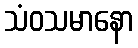
သံဝသမာနော